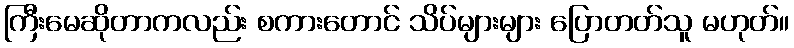
ကြီးမေဆိုတာကလည်း စကားတောင် သိပ်များများ ပြောတတ်သူ မဟုတ်။